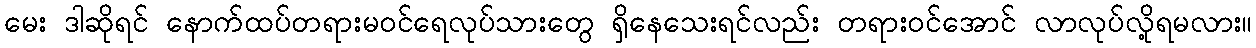
မေး ဒါဆိုရင် နောက်ထပ်တရားမဝင်ရေလုပ်သားတွေ ရှိနေသေးရင်လည်း တရားဝင်အောင် လာလုပ်လို့ရမလား။